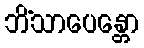
ဘိံသာပေန္တော